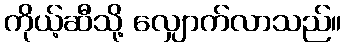
ကိုယ့်ဆီသို့ လျှောက်လာသည်။